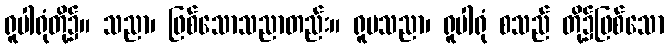
ရူပါရုံတို့၌။ သညာ၊ ဖြစ်သောသညာတည်း။ ရူပသညာ၊ ရူပါရုံ စသည် တို့၌ဖြစ်သော